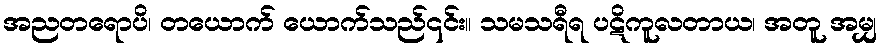
အညတရောပိ၊ တယောက် ယောက်သည်၎င်း။ သမသရီရ ပဋိကူလတာယ၊ အတူ အမျှ